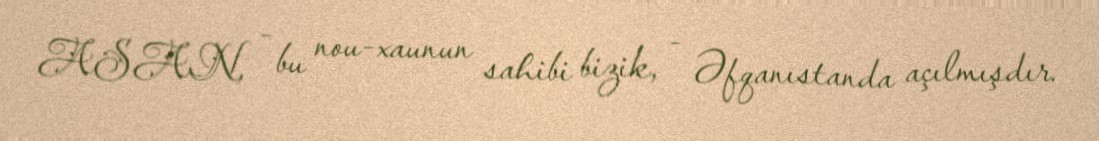
ASAN, - bu nou-xaunun sahibi bizik, - Əfqanıstanda açılmışdır.